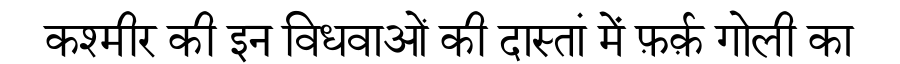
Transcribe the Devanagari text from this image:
कश्मीर की इन विधवाओं की दास्तां में फ़र्क़ गोली का